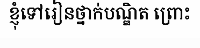
ខ្ញុំទៅរៀនថ្នាក់បណ្ឌិត ព្រោះ